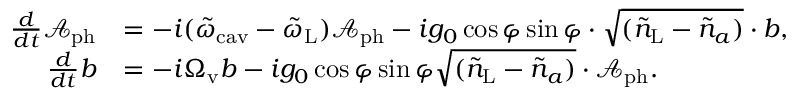
\begin{array} { r l } { \frac { d } { d t } \mathcal { A } _ { \mathrm { p h } } } & { = - i ( \tilde { \omega } _ { \mathrm { c a v } } - \tilde { \omega } _ { \mathrm { L } } ) \mathcal { A } _ { \mathrm { p h } } - i g _ { 0 } \cos \varphi \sin \varphi \cdot \sqrt { ( \tilde { n } _ { \mathrm { L } } - \tilde { n } _ { a } ) } \cdot b , } \\ { \frac { d } { d t } b } & { = - i \Omega _ { \mathrm { v } } b - i g _ { 0 } \cos \varphi \sin \varphi \sqrt { ( \tilde { n } _ { \mathrm { L } } - \tilde { n } _ { a } ) } \cdot \mathcal { A } _ { \mathrm { p h } } . } \end{array}